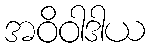
အဝိဝါဒါယ